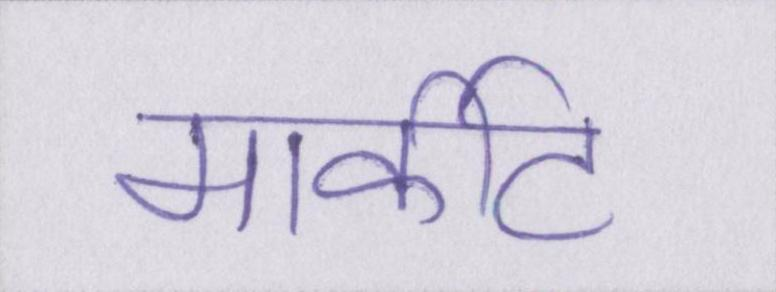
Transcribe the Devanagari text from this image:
मार्कीट